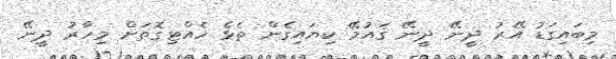
މިބައިގަޑު އޭރު ދީނޭ ދީނޭ ޤައުމޭ ކިޔައިގެން ތެޅެ ހެއްޓިގޮތަށް މިހާރު ދީނޭ